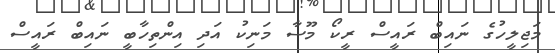
މަޖިލީހުގެ ނައިބް ރައީސް ރީކޯ މޫސާ މަނިކު އަދި އިންތިހާބީ ނައިބް ރައީސް